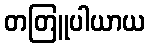
တတြူပါယာယ